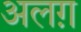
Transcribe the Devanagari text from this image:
अलग़